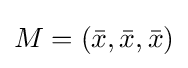
M=\left({\bar {x}},{\bar {x}},{\bar {x}}\right)